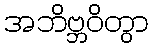
အဘိဗ္ဘဝိတွာ